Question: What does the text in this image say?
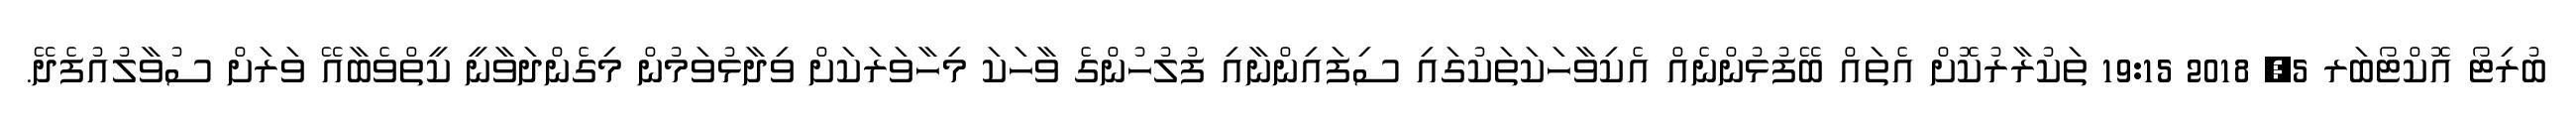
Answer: ބުރިޓޯ އޮކްޓޯބަރ 5, 2018 19:15 ތަކުރާރުކޮށް އެތައް ބޭފުޅުންނެއް އެކިވާހަކަތަކުގައި ސިފައިންނާއި ފުލުހުންގެ ވާހަކަ މިހާވަރަކަށް ވިދާޅުވަމުން މިގެންދަވާނީ ކީތްވެބާއޭ ވަރަށް ސުވާލުއުފެދޭ.